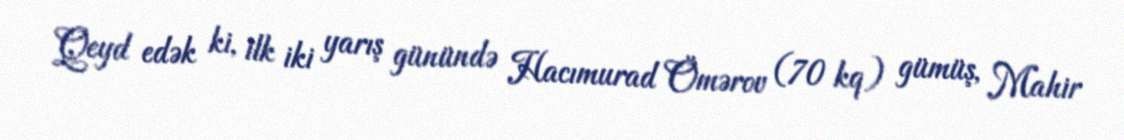
Qeyd edək ki, ilk iki yarış günündə Hacımurad Ömərov (70 kq) gümüş, Mahir